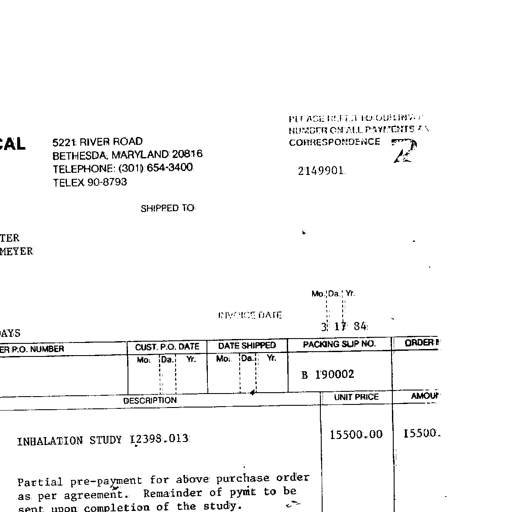
CAL 5221 RIVER ROAD
BETHESDA, MARYLAND 20816
TELEPHONE: (301) 654-3400
TELEX 90-8793

PLEASE REFER TO OUR INVOICE
NUMBER ON ALL PAYMENTS AND
CORRESPONDENCE

2149901

SHIPPED TO:

TER
MEYER

INVOICE DATE
Mo. Da. Yr.
3 17 84

AYS
P.O. NUMBER
CUST. P.O. DATE
Mo. Da. Yr.
DATE SHIPPED
Mo. Da. Yr.
PACKING SLIP NO.
ORDER NO.

B 190002

DESCRIPTION
UNIT PRICE
AMOUNT

INHALATION STUDY 12398.013
15500.00
15500.00

Partial pre-payment for above purchase order
as per agreement. Remainder of pymt to be
sent upon completion of the study.